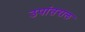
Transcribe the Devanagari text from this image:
उपांतराल